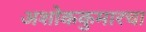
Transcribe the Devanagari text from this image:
अशोककुमारचा